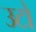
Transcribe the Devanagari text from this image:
उटो